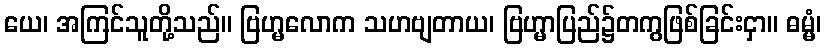
ယေ၊ အကြင်သူတို့သည်။ ဗြဟ္မလောက သဟဗျတာယ၊ ဗြဟ္မာပြည်၌တကွဖြစ်ခြင်းငှာ။ ဓမ္မံ၊